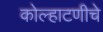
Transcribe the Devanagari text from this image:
कोल्हाटणीचे